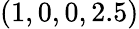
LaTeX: (1,0,0,2.5)